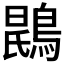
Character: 𫛂